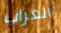
العراب